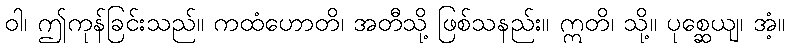
ဝါ၊ ဤကုန်ခြင်းသည်။ ကထံဟောတိ၊ အတီသို့ ဖြစ်သနည်း။ ဣတိ၊ သို့။ ပုစ္ဆေယျ၊ အံ့။